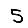
Digit: 5